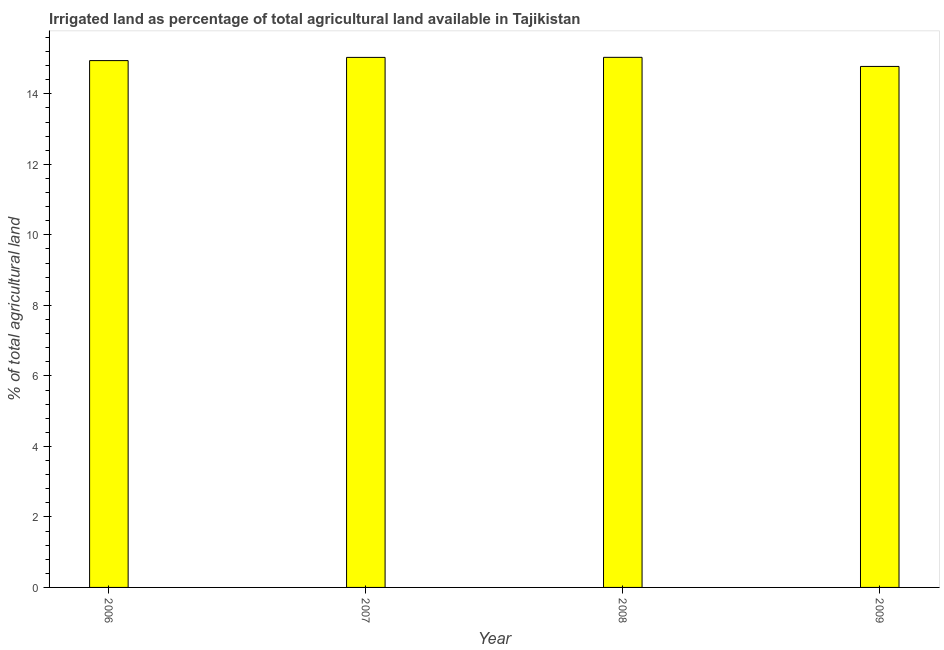
| Year | Agricultural irrigated land  |
 | --- | --- |
 | 2006 | 14.9 |
 | 2007 | 15 |
 | 2008 | 15 |
 | 2009 | 14.8 |